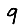
Digit: 9